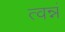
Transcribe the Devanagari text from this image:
त्वन्नं